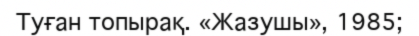
Туған топырақ. «Жазушы», 1985;